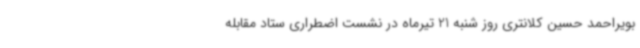
بویراحمد حسین کلانتری روز شنبه 21 تیرماه در نشست اضطراری ستاد مقابله